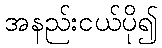
အနည်းငယ်ပို၍